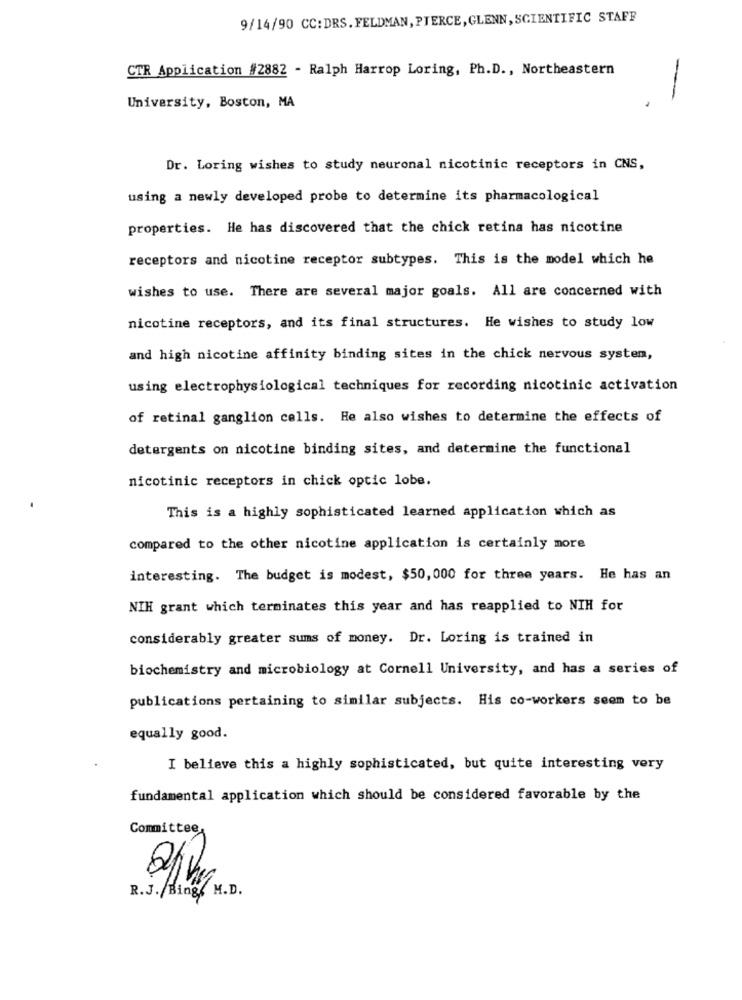
9/14/90 CC:DRS.FELDMAN, PIERCE, GLENN, SCIENTIFIC STAFF
CTR Application #2882 - Ralph Harrop Loring, Ph.D ., Northeastern
-
University, Boston, MA
Dr. Loring wishes to study neuronal nicotinic receptors in CNS,
using a newly developed probe to determine its pharmacological
properties. He has discovered that the chick retina has nicotine
receptors and nicotine receptor subtypes. This is the model which he
wishes to use. There are several major goals. All are concerned with
nicotine receptors, and its final structures. He wishes to study low
and high nicotine affinity binding sites in the chick nervous system,
using electrophysiological techniques for recording nicotinic activation
of retinal ganglion cells. He also wishes to determine the effects of
detergents on nicotine binding sites, and determine the functional
nicotinic receptors in chick optic lobe.
This is a highly sophisticated learned application which as
compared to the other nicotine application is certainly more
interesting. The budget is modest, $50, 000 for three years. He has an
NIH grant which terminates this year and has reapplied to NIH for
considerably greater sums of money. Dr. Loring is trained in
biochemistry and microbiology at Cornell University, and has a series of
publications pertaining to similar subjects. His co-workers seem to be
equally good.
I believe this a highly sophisticated, but quite interesting very
fundamental application which should be considered favorable by the
Committee
R.J./Bing. M.D.